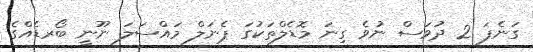
ގަނެފަ 2 ދުވަސް ނުވެ ގިނަ މޮޑެލްތަކުގަ ޕެނަލް މައްސަލަ ނޫނީ ބޯރޑެއްގެ